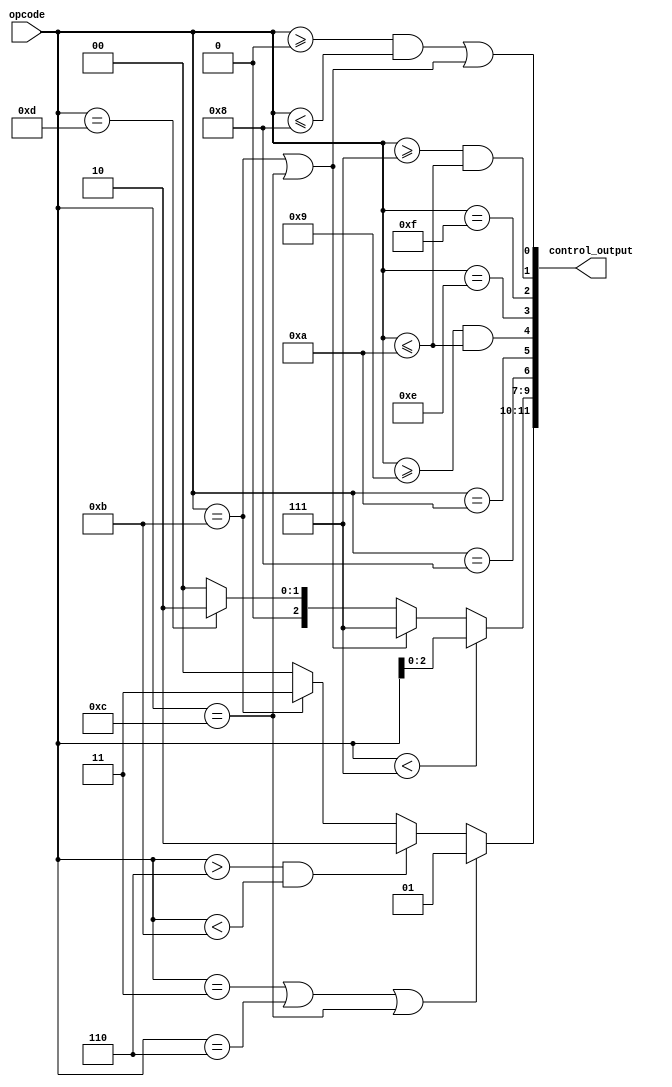
`timescale 1ns/1ns

module Control (
	input[3:0] opcode,
	output[11:0] control_output
	);

// Control Output Guide
	// EX output[11:7]
		// [4:3] -> 1 bit ALU Src
		// [2:0] -> 3 bit ALU Op
	// MEM output[6:2]
		// [4] -> doubleRead
		// [3] -> doubleWrite
		// [2] -> 1 bit MemWrite, also works as MemRead
		// [1] -> 1 bit BNE Jump
		// [0] -> 1 bit Simple Jump
	// WB output[1:0]
		// [1] -> 1 bit MemToReg
		// [0] -> 1 bit RegWrite


	assign control_output[11:10] =
		(opcode == 3 || opcode == 6 || opcode == 12) ? 2'b01 :
		(opcode > 6 && opcode < 11) ? 2'b10 : 
		(opcode == 11) ? 2'b11 : 2'b00;
	assign control_output[9:7] = (opcode < 7) ? opcode[2:0] :
									(opcode == 11 || opcode == 12) ? 3'b111 :
									(opcode == 13)	? 3'b010 : 3'b000;

	assign control_output[6] = opcode == 4'h8;
	assign control_output[5] = opcode == 4'hA;
	assign control_output[4] = (opcode >= 9 && opcode <= 10);
	assign control_output[3] = (opcode == 4'he);
	assign control_output[2] = (opcode == 4'hf);

	assign control_output[1] = (opcode >= 7 && opcode <= 10);
	assign control_output[0] = (opcode >= 0 && opcode <= 8) || (opcode == 11 || opcode == 12);
endmodule